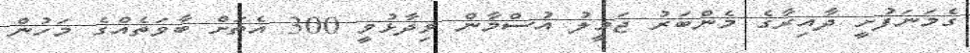
ގެމަނަފުށީ ދާއިރާގެ މެންބަރު ޖަމީލު އުސްމާން ވިދާޅުވީ 300 އެތަށް ބާވަތެއްގެ މަހުން